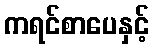
ကရင်စာပေနှင့်